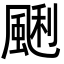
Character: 䬆